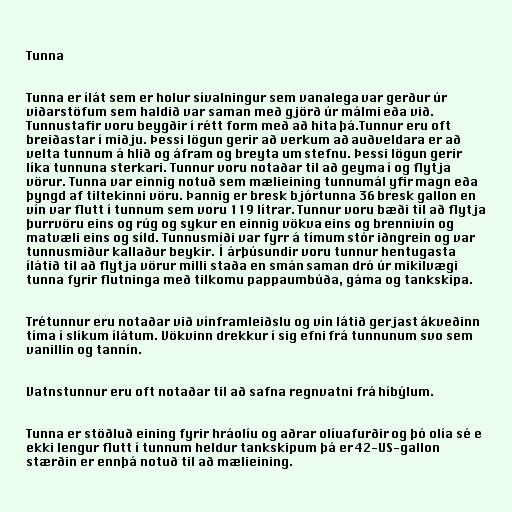
Tunna

Tunna er ílát sem er holur sívalningur sem vanalega var gerður úr
viðarstöfum sem haldið var saman með gjörð úr málmi eða við.
Tunnustafir voru beygðir í rétt form með að hita þá.Tunnur eru oft
breiðastar í miðju. Þessi lögun gerir að verkum að auðveldara er að
velta tunnum á hlið og áfram og breyta um stefnu. Þessi lögun gerir
líka tunnuna sterkari. Tunnur voru notaðar til að geyma í og flytja
vörur. Tunna var einnig notuð sem mælieining tunnumál yfir magn eða
þyngd af tiltekinni vöru. Þannig er bresk bjórtunna 36 bresk gallon en
vín var flutt í tunnum sem voru 119 lítrar. Tunnur voru bæði til að flytja
þurrvöru eins og rúg og sykur en einnig vökva eins og brennivín og
matvæli eins og síld. Tunnusmíði var fyrr á tímum stór iðngrein og var
tunnusmiður kallaður beykir. Í árþúsundir voru tunnur hentugasta
ílátið til að flytja vörur milli staða en smán saman dró úr mikilvægi
tunna fyrir flutninga með tilkomu pappaumbúða, gáma og tankskipa.

Trétunnur eru notaðar við vínframleiðslu og vín látið gerjast ákveðinn
tíma í slíkum ílátum. Vökvinn drekkur í sig efni frá tunnunum svo sem
vanillin og tannín.

Vatnstunnur eru oft notaðar til að safna regnvatni frá híbýlum.

Tunna er stöðluð eining fyrir hráolíu og aðrar olíuafurðir og þó olía sé e
ekki lengur flutt í tunnum heldur tankskipum þá er 42-US-gallon
stærðin er ennþá notuð til að mælieining.